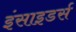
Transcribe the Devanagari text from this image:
इंसाइडर्स